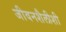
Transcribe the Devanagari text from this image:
जीवनशैलीशी